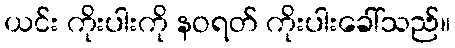
ယင်း ကိုးပါးကို နဝရတ် ကိုးပါးခေါ်သည်။